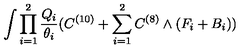
\int \prod _ { i = 1 } ^ { 2 } \frac { Q _ { i } } { \theta _ { i } } ( C ^ { ( 1 0 ) } + \sum _ { i = 1 } ^ { 2 } C ^ { ( 8 ) } \wedge ( F _ { i } + B _ { i } ) )